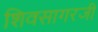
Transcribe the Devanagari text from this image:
शिवसागरजी